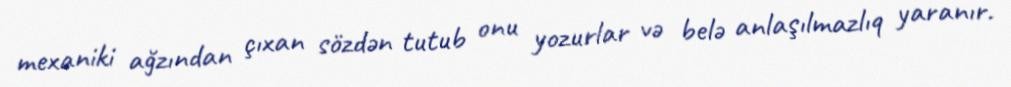
mexaniki ağzından çıxan sözdən tutub onu yozurlar və belə anlaşılmazlıq yaranır.